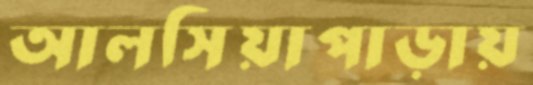
আলসিয়াপাড়ায়